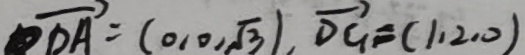
\overrightarrow { D A } = ( 0 , 0 , \sqrt { 3 } ) , \overrightarrow { D G } = ( 1 , 2 , 0 )